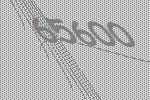
65600